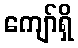
ကျော်ရှိ